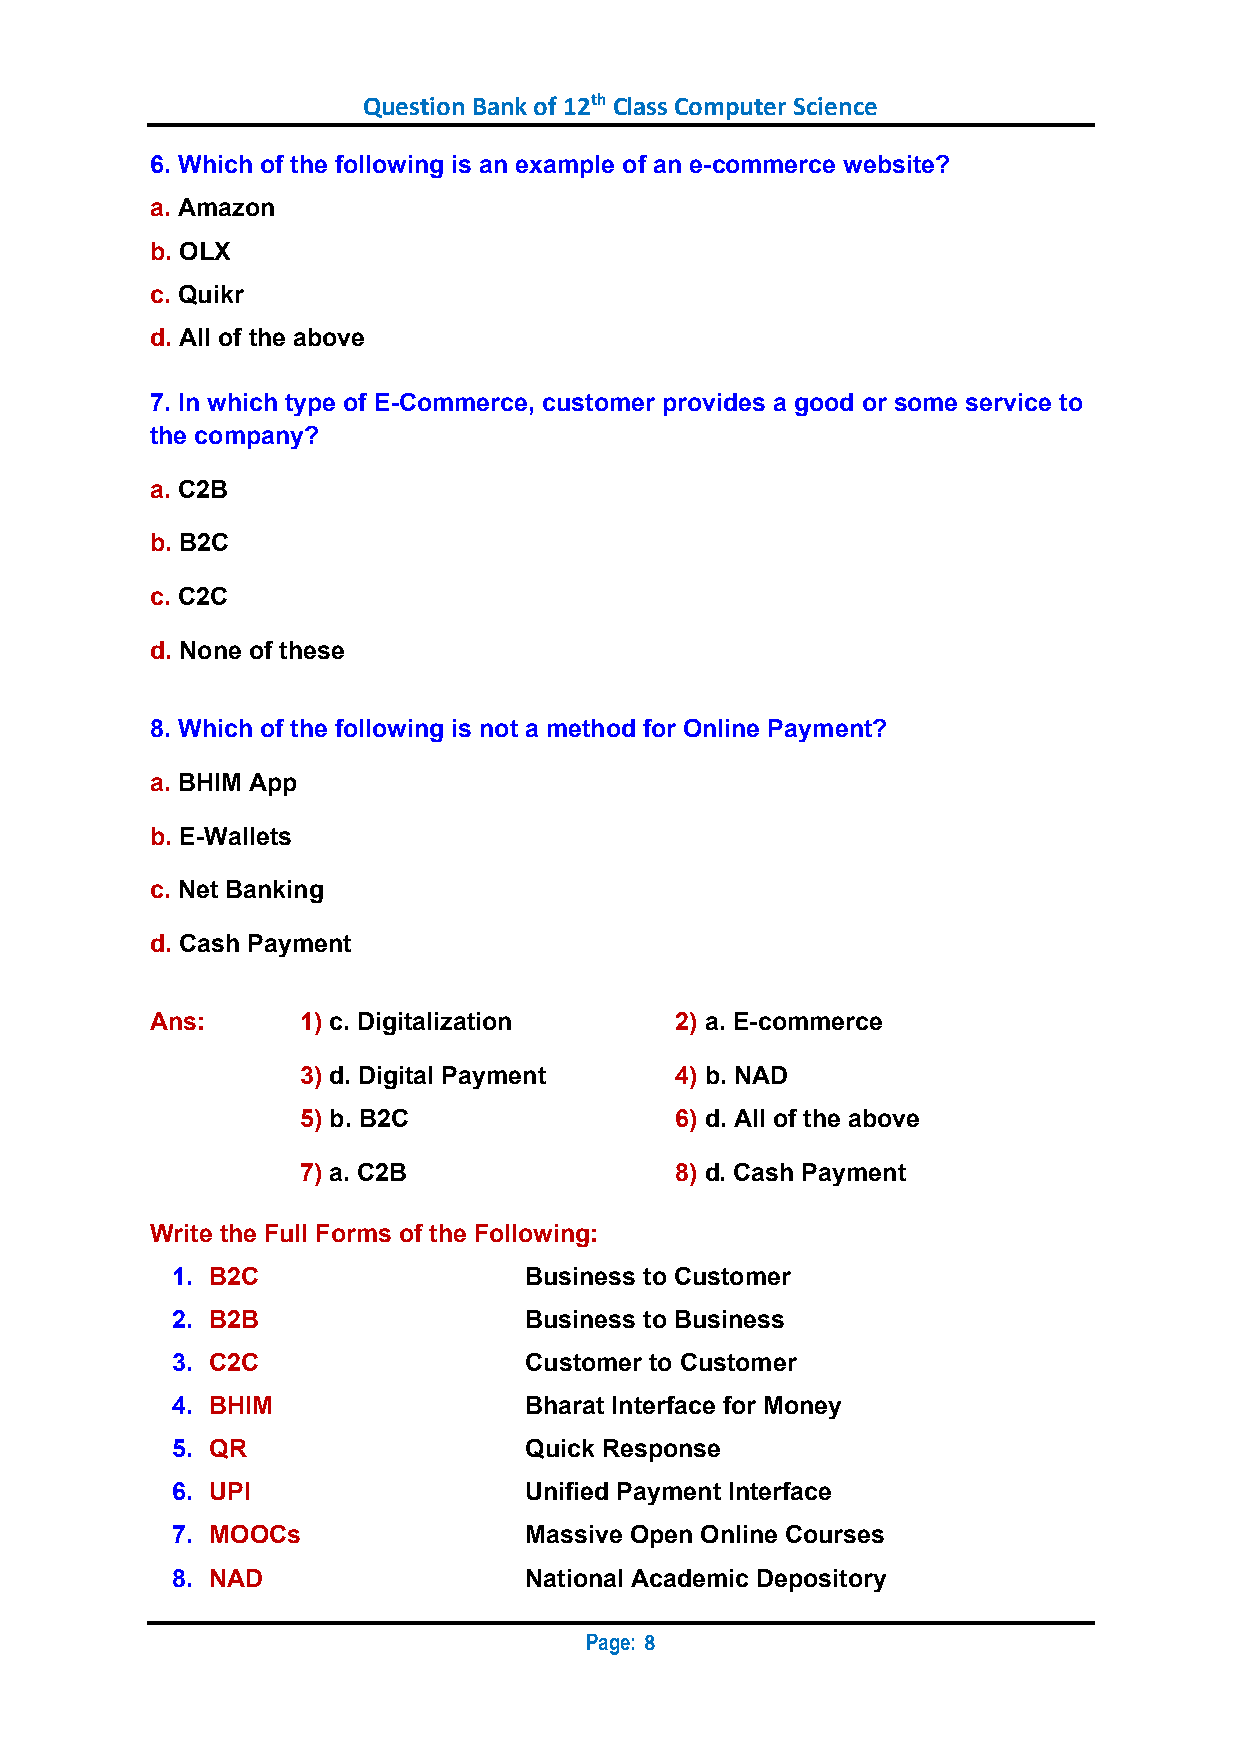
Question Bank of 12th Class Computer Science
 6. Which of the following is an example of an e-commerce website?
 a. Amazon
 b. OLX
 c. Quikr
 d. All of the above
 7. In which type of E-Commerce, customer provides a good or some service to
 the company?
 a. C2B
 b. B2C
 c. C2C
 d. None of these
 8. Which of the following is not a method for Online Payment?
 a. BHIM App
 b. E-Wallets
 c. Net Banking
 d. Cash Payment
 Ans:      1) c. Digitalization     2) a. E-commerce
 3) d. Digital Payment    4) b. NAD
 5) b. B2C                6) d. All of the above
 7) a. C2B                8) d. Cash Payment
 Write the Full Forms of the Following:
 1. B2C                  Business to Customer
 2. B2B                  Business to Business
 3. C2C                  Customer to Customer
 4. BHIM                 Bharat Interface for Money
 5. QR                   Quick Response
 6. UPI                  Unified Payment Interface
 7. MOOCs                Massive Open Online Courses
 8. NAD                  National Academic Depository
 Page:
 8